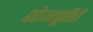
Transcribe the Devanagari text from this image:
शोधापूर्वीही